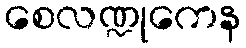
စေလဏ္ဍုကေန